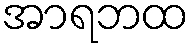
အာရဘထ